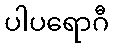
ပါပရောဂီ